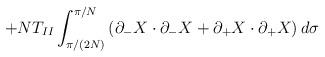
LaTeX: \begin{align*}+NT_{II}\int_{\pi/(2N)}^{\pi/N}\left( \partial_-X\cdot \partial_-X+\partial_+X\cdot \partial_+X \right) d\sigma \end{align*}